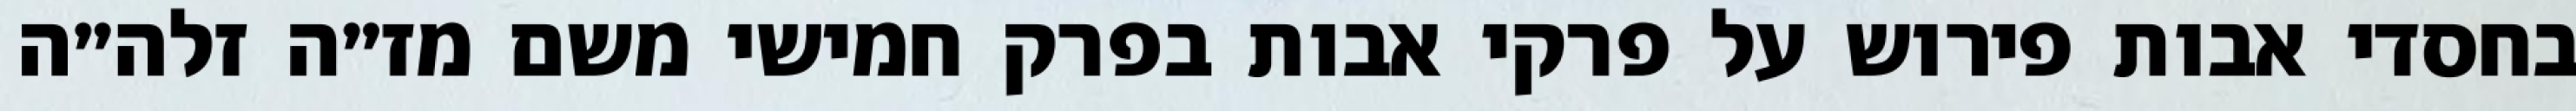
בחסדי אבות פירוש על פרקי אבות בפרק חמישי משם מז״ה זלה״ה